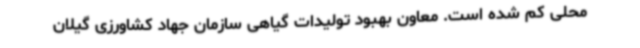
محلی کم شده است. معاون بهبود تولیدات گیاهی سازمان جهاد کشاورزی گیلان